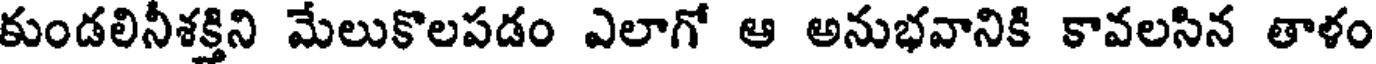
కుండలినీశక్తిని మేలుకొలపడం ఎలాగో ఆ అనుభవానికి కావలసిన తాళం